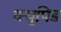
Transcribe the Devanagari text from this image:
क्युपिड